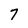
Character: 7